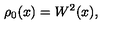
\rho _ { 0 } ( x ) = W ^ { 2 } ( x ) ,